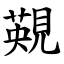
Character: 䚆